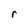
Character: r